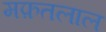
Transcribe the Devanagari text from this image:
मफ़तलाल